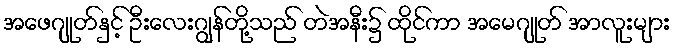
အဖေဂျုတ်နှင့် ဦးလေးဂျွန်တို့သည် တဲအနီး၌ ထိုင်ကာ အမေဂျုတ် အာလူးများ